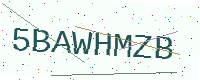
Text: 5BAWHMZB